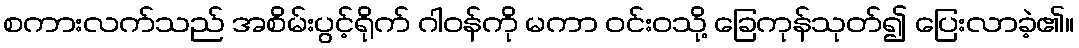
စကားလက်သည် အစိမ်းပွင့်ရိုက် ဂါဝန်ကို မကာ ဝင်းဝသို့ ခြေကုန်သုတ်၍ ပြေးလာခဲ့၏။